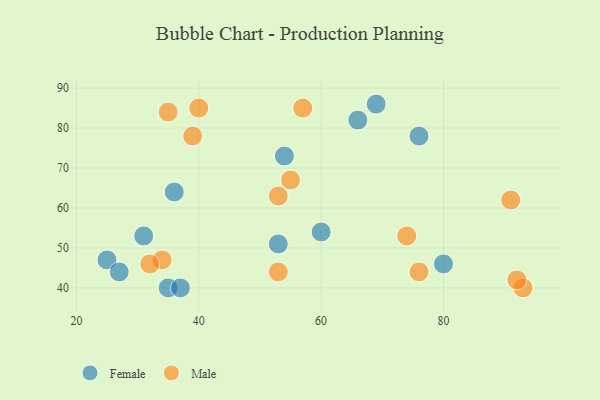
{"axis": {"x": "GDP", "y": "Life Expectancy"}, "legend": ["Female", "Male"], "data": [{"x": "53", "y": 51, "type": "Female"}, {"x": "60", "y": 54, "type": "Female"}, {"x": "25", "y": 47, "type": "Female"}, {"x": "80", "y": 46, "type": "Female"}, {"x": "27", "y": 44, "type": "Female"}, {"x": "31", "y": 53, "type": "Female"}, {"x": "54", "y": 73, "type": "Female"}, {"x": "76", "y": 78, "type": "Female"}, {"x": "69", "y": 86, "type": "Female"}, {"x": "66", "y": 82, "type": "Female"}, {"x": "36", "y": 64, "type": "Female"}, {"x": "35", "y": 40, "type": "Female"}, {"x": "37", "y": 40, "type": "Female"}, {"x": "93", "y": 40, "type": "Male"}, {"x": "34", "y": 47, "type": "Male"}, {"x": "40", "y": 85, "type": "Male"}, {"x": "39", "y": 78, "type": "Male"}, {"x": "53", "y": 63, "type": "Male"}, {"x": "32", "y": 46, "type": "Male"}, {"x": "35", "y": 84, "type": "Male"}, {"x": "92", "y": 42, "type": "Male"}, {"x": "55", "y": 67, "type": "Male"}, {"x": "76", "y": 44, "type": "Male"}, {"x": "74", "y": 53, "type": "Male"}, {"x": "57", "y": 85, "type": "Male"}, {"x": "53", "y": 44, "type": "Male"}, {"x": "91", "y": 62, "type": "Male"}]}